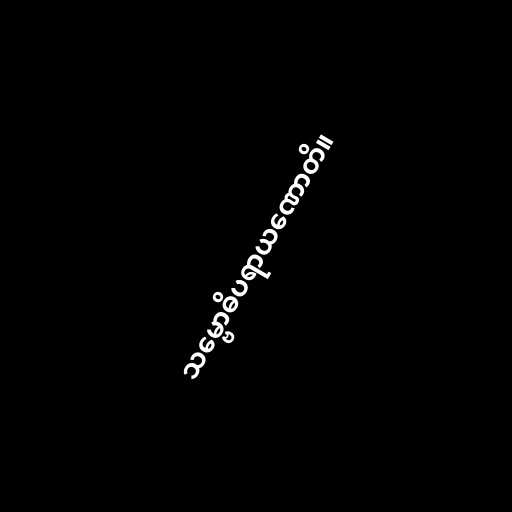
သမ္ဗောဓိပရာယဏောတိ။